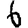
Digit: 6